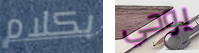
بكلام يوحي